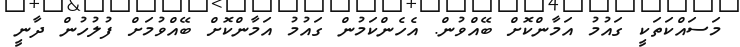
މަސައްކަތަކީ ގައުމު އަމާންކޮށް ބޭއްވުން. އެހެންކަމުން ގައުމު އަމާންކޮށް ބޭއްވުމަށް ފުލުހުން ދާނީ